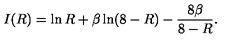
I ( R ) = \ln R + \beta \ln ( 8 - R ) - \frac { 8 \beta } { 8 - R } .